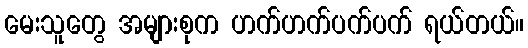
မေးသူတွေ အများစုက ဟက်ဟက်ပက်ပက် ရယ်တယ်။